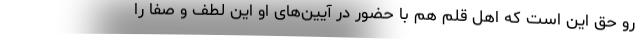
رو حق این است که اهل قلم هم با حضور در آیین‌های او این لطف و صفا را